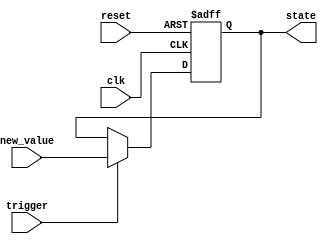
module hold_condition(
    input wire clk,               // Clock input
    input wire reset,             // Reset input
    input wire trigger,           // Trigger condition input
    input wire [7:0] new_value,   // New value to update the state variable
    output reg [7:0] state        // Output reflecting the state variable
);

// State variable to hold the current state
reg [7:0] current_state;

// Always block for synchronous logic
always @(posedge clk or posedge reset) begin
    if (reset) begin
        // Reset condition: Initialize state variable
        current_state <= 8'b0;
    end else if (trigger) begin
        // If trigger is activated, update the state variable
        current_state <= new_value;
    end
    // else: hold current state, do nothing
end

// Update the output with the current state
assign state = current_state;

endmodule